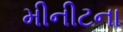
મીનીટના